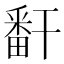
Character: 𬏎